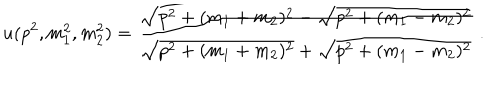
u ( p ^ { 2 } , m _ { 1 } ^ { 2 } , m _ { 2 } ^ { 2 } ) = \frac { \sqrt { p ^ { 2 } + ( m _ { 1 } + m _ { 2 } ) ^ { 2 } } - \sqrt { p ^ { 2 } + ( m _ { 1 } - m _ { 2 } ) ^ { 2 } } } { \sqrt { p ^ { 2 } + ( m _ { 1 } + m _ { 2 } ) ^ { 2 } } + \sqrt { p ^ { 2 } + ( m _ { 1 } - m _ { 2 } ) ^ { 2 } } } \ .